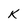
Character: k